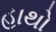
હાથો